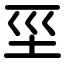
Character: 坙